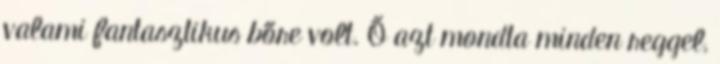
valami fantasztikus bőre volt. Ő azt mondta minden reggel,